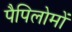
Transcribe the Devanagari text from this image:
पैपिलोमों